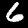
Digit: 6